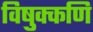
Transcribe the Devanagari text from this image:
विषुक्कणि